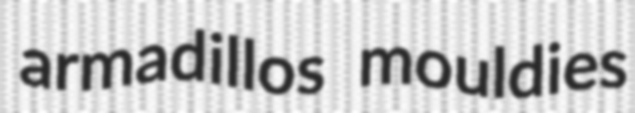
armadillos mouldies